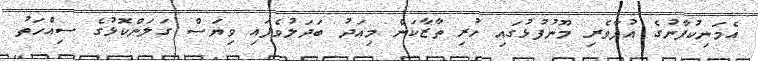
އެމަނިކުފާނުގެ އުފާވެރި މޫނުފުޅުގައި ހުރި ތާޒާކަން މިއަދު ބަދަލުވެފައި ވިޔަސް ގަލަންކޮޅުގެ ސިއްހަތު